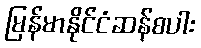
မြန်မာနိုင်ငံဆန်စပါး